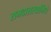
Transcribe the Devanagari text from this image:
रामदासस्वामिंचे